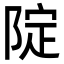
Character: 䧑